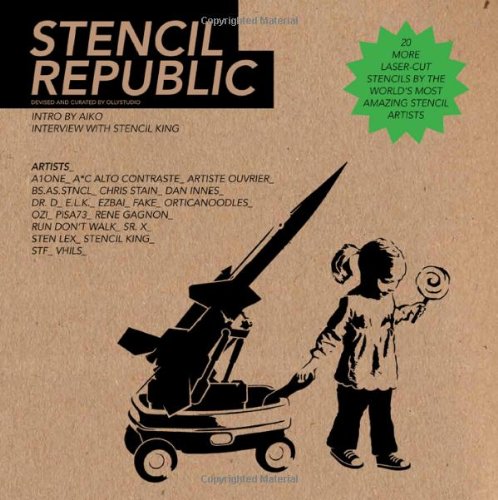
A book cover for Stencil Republic; Arts & Photography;